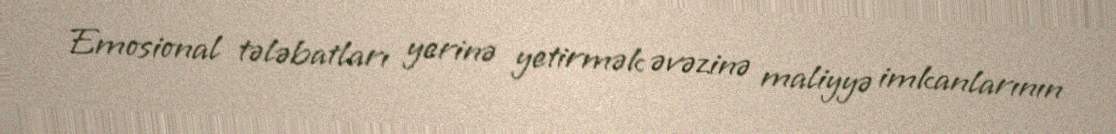
Emosional tələbatları yerinə yetirmək əvəzinə maliyyə imkanlarının